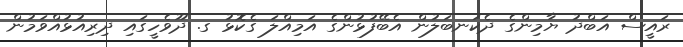
ރައީސް އަބްދު ޔާމިންގެ ދެކަނބަލުން އެބޭފުޅުންގެ އަމިއްލަ ގެކޮޅު ގ. ދޫވެހީގައި ދިރިއުޅުއްވަމުން